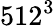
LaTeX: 512^{3}